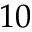
1 0